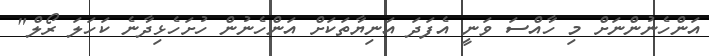
އަންހެނުންނަށް މި ހާއްސަ ވަނީ އެފަދަ އަނިޔާތަކަށް އަންހެނުން ހުށަހެޅިދާނެ ކަހަލަ ރޯލް"